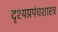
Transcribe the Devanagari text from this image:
दृश्यप्रपंचशास्त्र